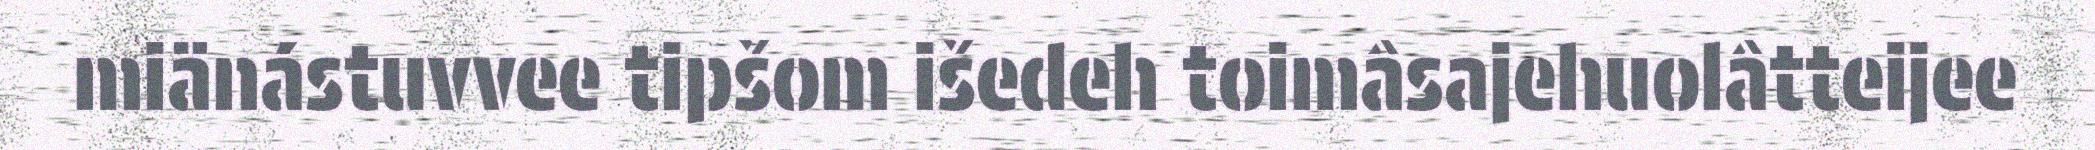
miänástuvvee tipšom išedeh toimâsajehuolâtteijee